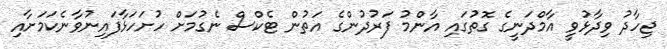
ޖިހާދު ވިދާޅުވީ އާމްދަނީގެ ގޮތުގައި އާންމު ފަރުދުންގެ އަތުން ޓެކްސް ނެގުމަށް ހުށަހަޅާފައިނުވާނެކަމަށާއި